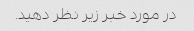
در مورد خبر زیر نظر دهید.